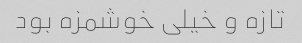
تازه و خیلی خوشمزه بود